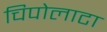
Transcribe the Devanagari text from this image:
चिपोलाटा